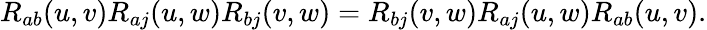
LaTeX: R_{ab}(u,v)R_{aj}(u,w)R_{bj}(v,w)=R_{bj}(v,w)R_{aj}(u,w)R_{ab}(u,v).